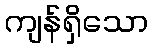
ကျန်ရှိသော